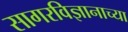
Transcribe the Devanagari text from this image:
सागरविज्ञानाच्या